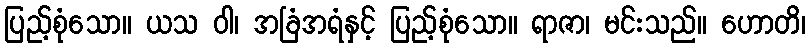
ပြည့်စုံသော။ ယသ ဝါ၊ အခြံအရံနှင့် ပြည့်စုံသော။ ရာဇာ၊ မင်းသည်။ ဟောတိ၊